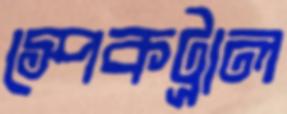
স্পেকট্রাল